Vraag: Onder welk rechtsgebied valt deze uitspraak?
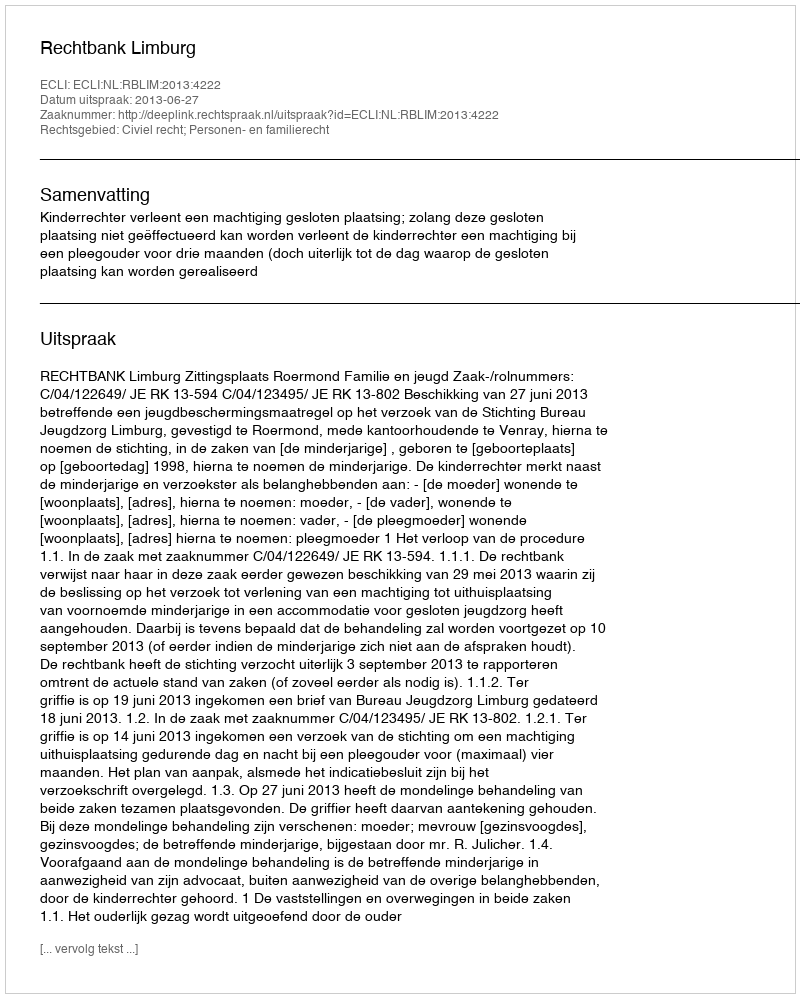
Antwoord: Civiel recht; Personen- en familierecht